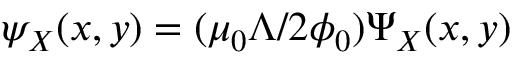
\psi _ { X } ( x , y ) = ( \mu _ { 0 } \Lambda / 2 \phi _ { 0 } ) \Psi _ { X } ( x , y )